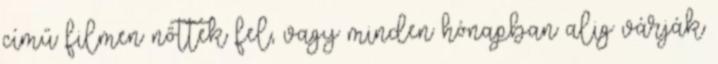
című filmen nőttek fel, vagy minden hónapban alig várják